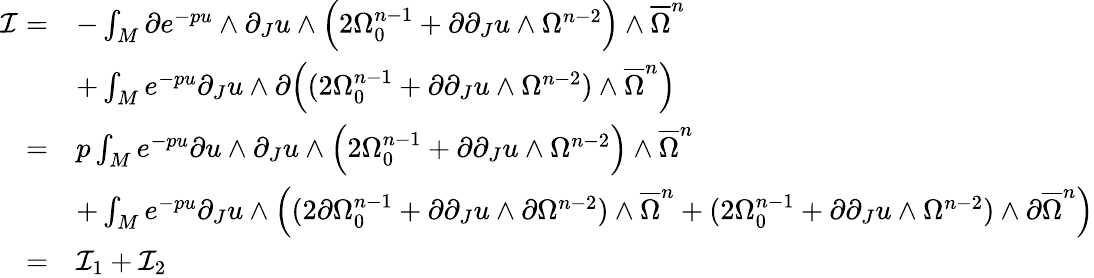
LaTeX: \begin{array}{rl}{\mathcal{I}=}&{-\int_{M}\partial e^{-pu}\wedge\partial_{J}u\wedge\Big(2\Omega_{0}^{n-1}+\partial\partial_{J}u\wedge\Omega^{n-2}\Big)\wedge{\overline{\Omega}}^{n}}\\ &{+\int_{M}e^{-pu}\partial_{J}u\wedge\partial\Big((2\Omega_{0}^{n-1}+\partial\partial_{J}u\wedge\Omega^{n-2})\wedge{\overline{\Omega}}^{n}\Big)}\\ {=}&{p\int_{M}e^{-pu}\partial u\wedge\partial_{J}u\wedge\Big(2\Omega_{0}^{n-1}+\partial\partial_{J}u\wedge\Omega^{n-2}\Big)\wedge{\overline{\Omega}}^{n}}\\ &{+\int_{M}e^{-pu}\partial_{J}u\wedge\Big((2\partial\Omega_{0}^{n-1}+\partial\partial_{J}u\wedge\partial\Omega^{n-2})\wedge{\overline{\Omega}}^{n}+(2\Omega_{0}^{n-1}+\partial\partial_{J}u\wedge\Omega^{n-2})\wedge\partial{\overline{\Omega}}^{n}\Big)}\\ {=}&{\mathcal{I}_{1}+\mathcal{I}_{2}}\end{array}